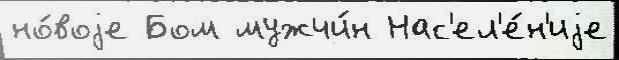
но́воjе Бом мужчи́н Нас'ел'е́н'иjе